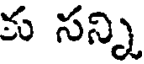
కు సన్ని